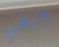
البطين